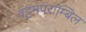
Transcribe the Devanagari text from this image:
वट्टमपराम्बिल